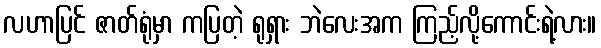
လဟာပြင် ဇာတ်ရုံမှာ ကပြတဲ့ ရုရှား ဘဲလေးအက ကြည့်လို့ကောင်းရဲ့လား။